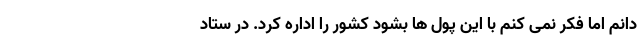
دانم اما فکر نمی کنم با این پول ها بشود کشور را اداره کرد. در ستاد